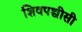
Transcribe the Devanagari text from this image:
शिवपच्चीसी